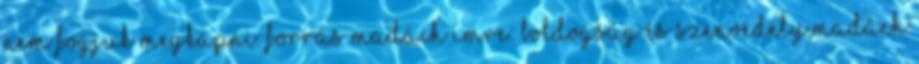
nem fogjuk megkapni. Forrás Madách Imre: Boldogság és szenvedély,Madách